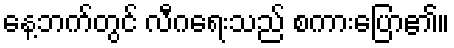
နေ့ဘက်တွင် လီဂရေးသည် စကားပြော၏။